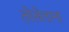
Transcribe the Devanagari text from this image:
तोलेताना